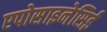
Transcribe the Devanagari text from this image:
एपोसाइनेसिई